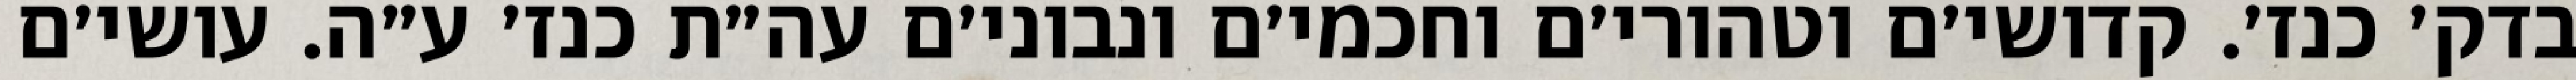
בדק׳ כנז׳. קדושי׳ם וטהורי׳ם וחכמי׳ם ונבוני׳ם עה״ת כנז׳ ע״ה. עושי׳ם